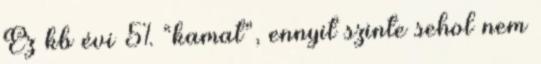
Ez kb évi 5% “kamat”, ennyit szinte sehol nem